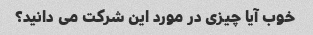
خوب آیا چیزی در مورد این شرکت می دانید؟